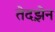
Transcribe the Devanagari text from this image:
तेदझ़ेन